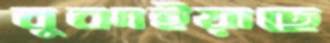
বুঝাইয়াছে